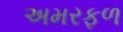
અમરફળ